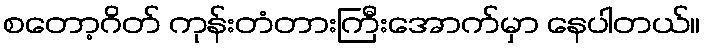
စတော့ဂိတ် ကုန်းတံတားကြီးအောက်မှာ နေပါတယ်။